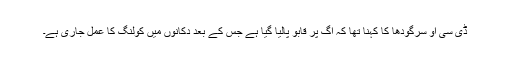
ڈی سی او سرگودھا کا کہنا تھا کہ آگ پر قابو پالیا گیا ہے جس کے بعد دکانوں میں کولنگ کا عمل جاری ہے۔